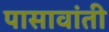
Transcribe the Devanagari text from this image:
पासावांती